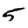
Digit: 5